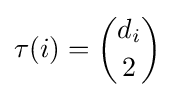
\tau (i)={\binom {d_{i}}{2}}